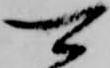
可